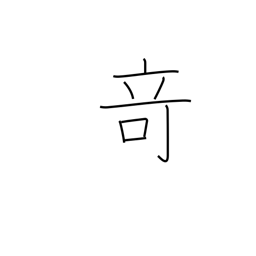
Meaning: strangeness